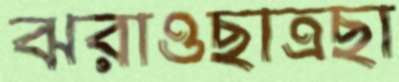
ঝরাওছাত্রছা